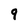
Character: 9